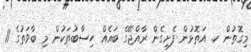
މިގޮތުން ކ. އަތޮޅުން ފެށިގެން ރާއްޖޭގެ ބައެއް ހިސާބުތަކުން މި ބާވަތުގެ 11